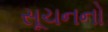
સૂચનનો